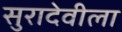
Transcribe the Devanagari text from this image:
सुरादेवीला